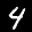
Label: 4